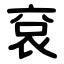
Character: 袞